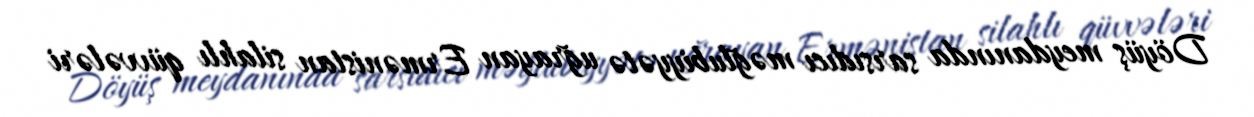
Döyüş meydanında sarsıdıcı məğlubiyyətə uğrayan Ermənistan silahlı qüvvələri